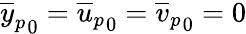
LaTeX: {\overline{{y}}_{p}}_{0}={\overline{{u}}_{p}}_{0}={\overline{{v}}_{p}}_{0}=0